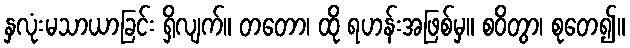
နှလုံးမသာယာခြင်း ရှိလျက်။ တတော၊ ထို ရဟန်းအဖြစ်မှ။ စဝိတွာ၊ စုတေ၍။